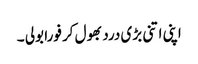
اپنی اتنی بڑی درد بھول کر فورا بولی ۔